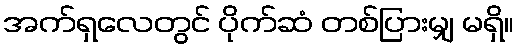
အက်ရှလေတွင် ပိုက်ဆံ တစ်ပြားမျှ မရှိ။